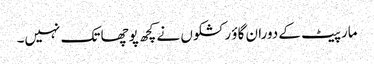
مارپیٹ کے دوران گاؤ رکشکوں نے کچھ پوچھا تک نہیں۔